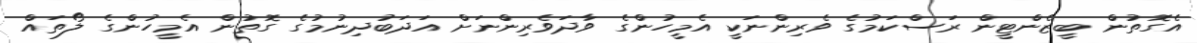
އެގޮތުން ބީޒެންޓީން ރަސްކަމުގެ ވެރިންނަކީ އެމީހުންގެ ވާދަވެރިންނަށް އަދަބުދިނުމުގެ ގޮތުން އެމީހުންގެ ލޯތައް